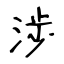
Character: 渉